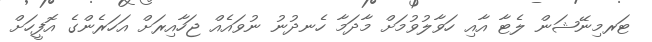
ޓަރމިނޭޝަން ލެޓާ އާއި ހަވާލުވުމަށް މާދަމާ ހެނދުނު ނުވައެއް ޖަހާއިރަށް އަހަރެންގެ އޮފީހަށް